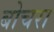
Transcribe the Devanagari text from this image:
बोचरा